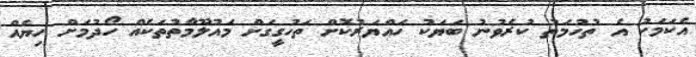
އެކަމަކު އެ ތުހުމަތު ކުރެވުނު ބަޔަކު ހައްޔަރުކޮށް ތަހުގީގަށް މައުލޫމާތުތަކެއް ހޯދުމަށް ހިޔެއް